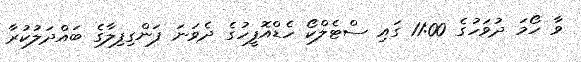
ވާ ހޯމަ ދުވަހުގެ 11:00 ގައި ސްޓެލްކޯ ހެޑްއޮފީހުގެ ދެވަނަ ފަންގިފިލާގެ ބައްދަލުކުރާ